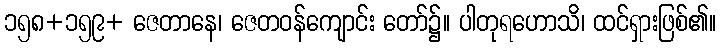
၁၅၈+၁၅၉+ ဇေတာနေ၊ ဇေတဝန်ကျောင်း တော်၌။ ပါတုရဟောသိ၊ ထင်ရှားဖြစ်၏။